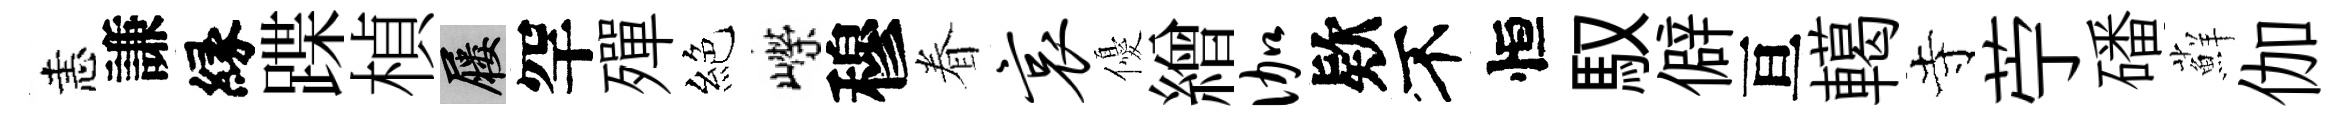
恚謙縁蹀楨屨罕殫絕嶸穆眷哀優繒伽欵不恒馭僻亘轕寺苧磻蘚伽